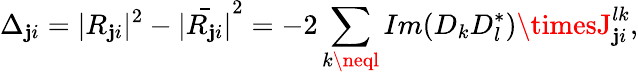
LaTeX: \Delta_{\mathbf{j}i}=|R_{\mathbf{j}i}|^{2}-\bar{{|R_{\mathbf{j}i}|}}^{2}=-2\sum_{k\neql}Im(D_{k}D_{l}^{\ast})\timesJ_{\mathbf{j}i}^{lk},